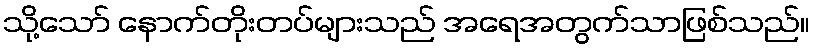
သို့သော် နောက်တိုးတပ်များသည် အရေအတွက်သာဖြစ်သည်။